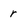
Character: r